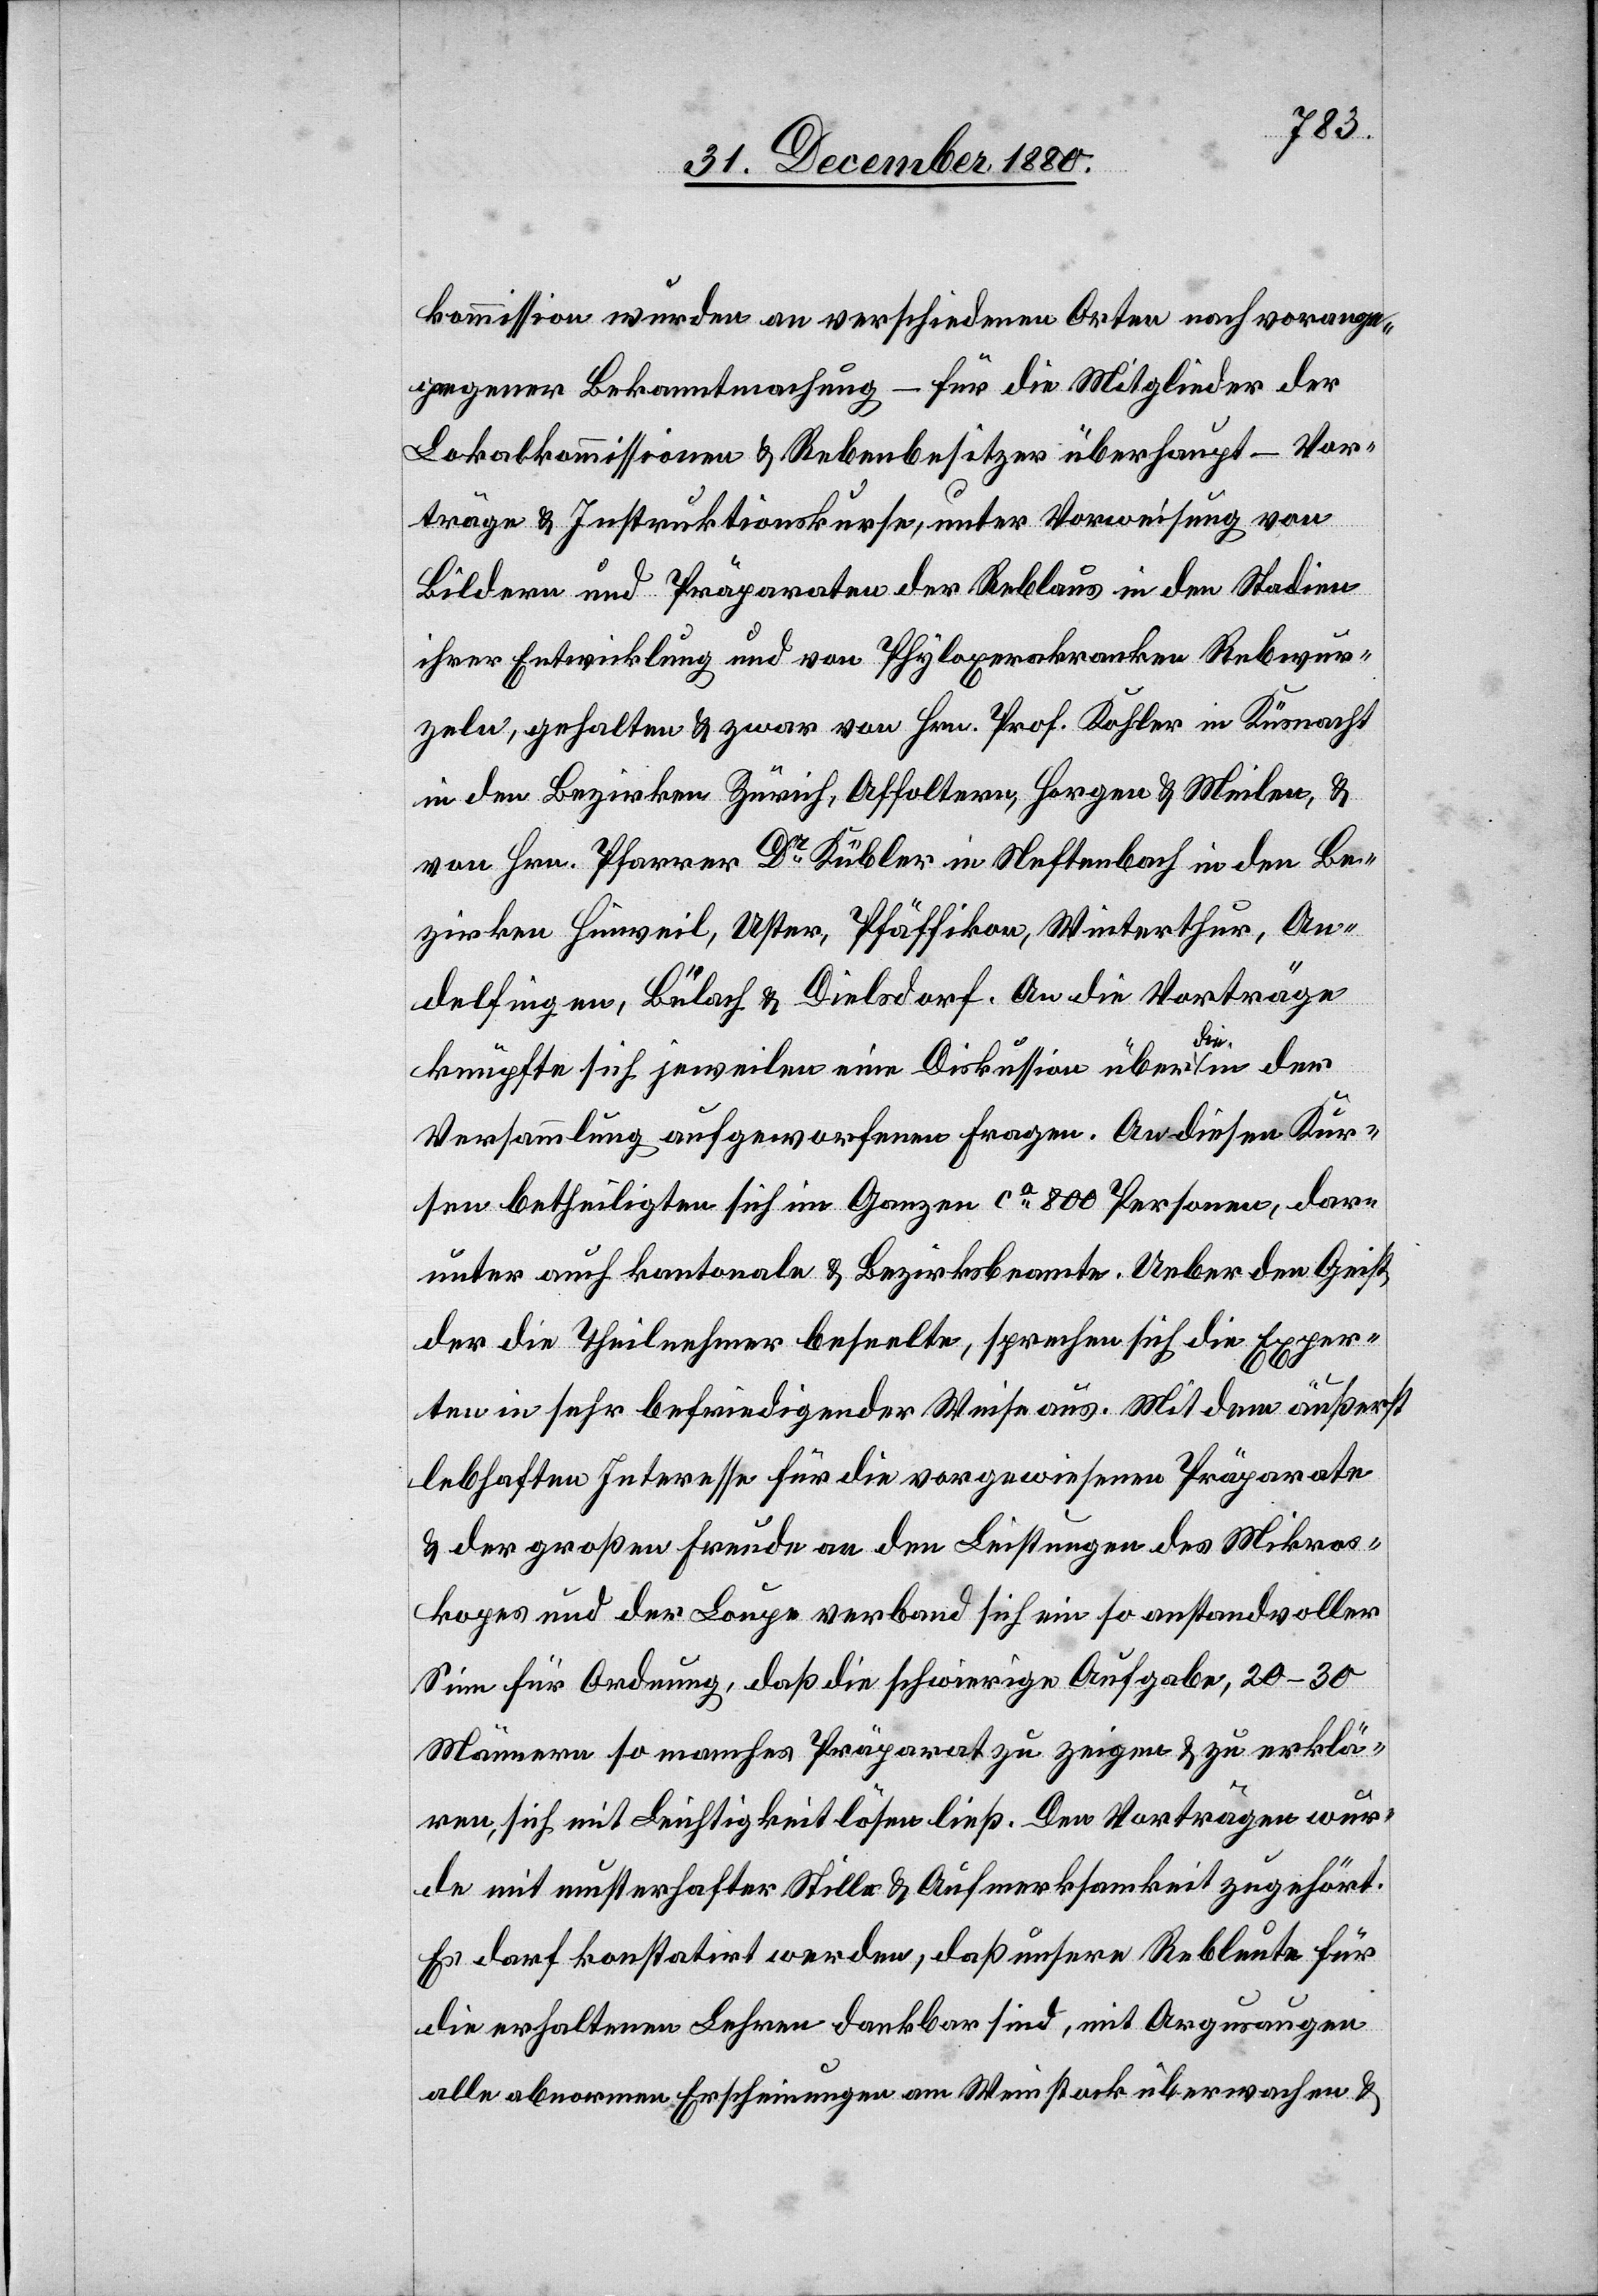
kommission wurden an verschiedenen Orten nach vorange¬
gangener Bekanntmachung – für die Mitglieder der
Lokalkommissionen & Rebenbesitzer überhaupt – Vor¬
träge & Instruktionskurse, unter Vorweisung von
Bildern und Präparaten der Reblaus in den Stadien
ihrer Entwicklung und von Phyloxerakranken Rebwur¬
zeln, gehalten & zwar von Hrn. Prof. Kohler in Küsnacht
in den Bezirken Zürich, Affoltern, Horgen & Meilen, &
von Hrn. Pfarrer Dr Kübler in Neftenbach in den Be¬
zirken Hinweil, Uster, Pfäffikon, Winterthur, An¬
delfingen, Bülach & Dielsdorf. An die Vorträge
knüpfte sich jeweilen eine Diskussion über die in der
Versammlung aufgeworfenen Fragen. An diesen Kur¬
sen betheiligten sich im Ganzen ca 800 Personen, dar¬
unter auch kantonale & Bezirksbeamte. Ueber den Geist
der die Theilnehmer beseelte, sprechen sich die Exper¬
ten in sehr befriedigender Weise aus. Mit dem äußerst
lebhaften Interesse für die vorgewiesenen Präparate
& der großen Freude an den Leistungen des Mikros¬
kopes und der Loupe verband sich ein so anstandvoller
Sinn für Ordnung, daß die schwierige Aufgabe, 20–30
Männern so manches Präparat zu zeigen & zu erklä¬
ren, sich mit Leichtigkeit lösen ließ. Den Vorträgen wur¬
de mit musterhafter Stille & Aufmerksamkeit zugehört.
Es darf konstatirt werden, daß unsere Rebleute für
die erhaltenen Lehren dankbar sind, mit Argusaugen
alle abnormen Erscheinungen am Weinstock überwachen &